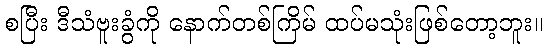
စပြီး ဒီသံဗူးခွံကို နောက်တစ်ကြိမ် ထပ်မသုံးဖြစ်တော့ဘူး။